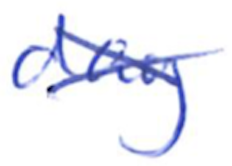
Text: day
Cross-out: cross
Writing tool: ballpoint